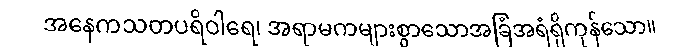
အနေကသတပရိဝါရေ၊ အရာမကများစွာသောအခြံအရံရှိကုန်သော။